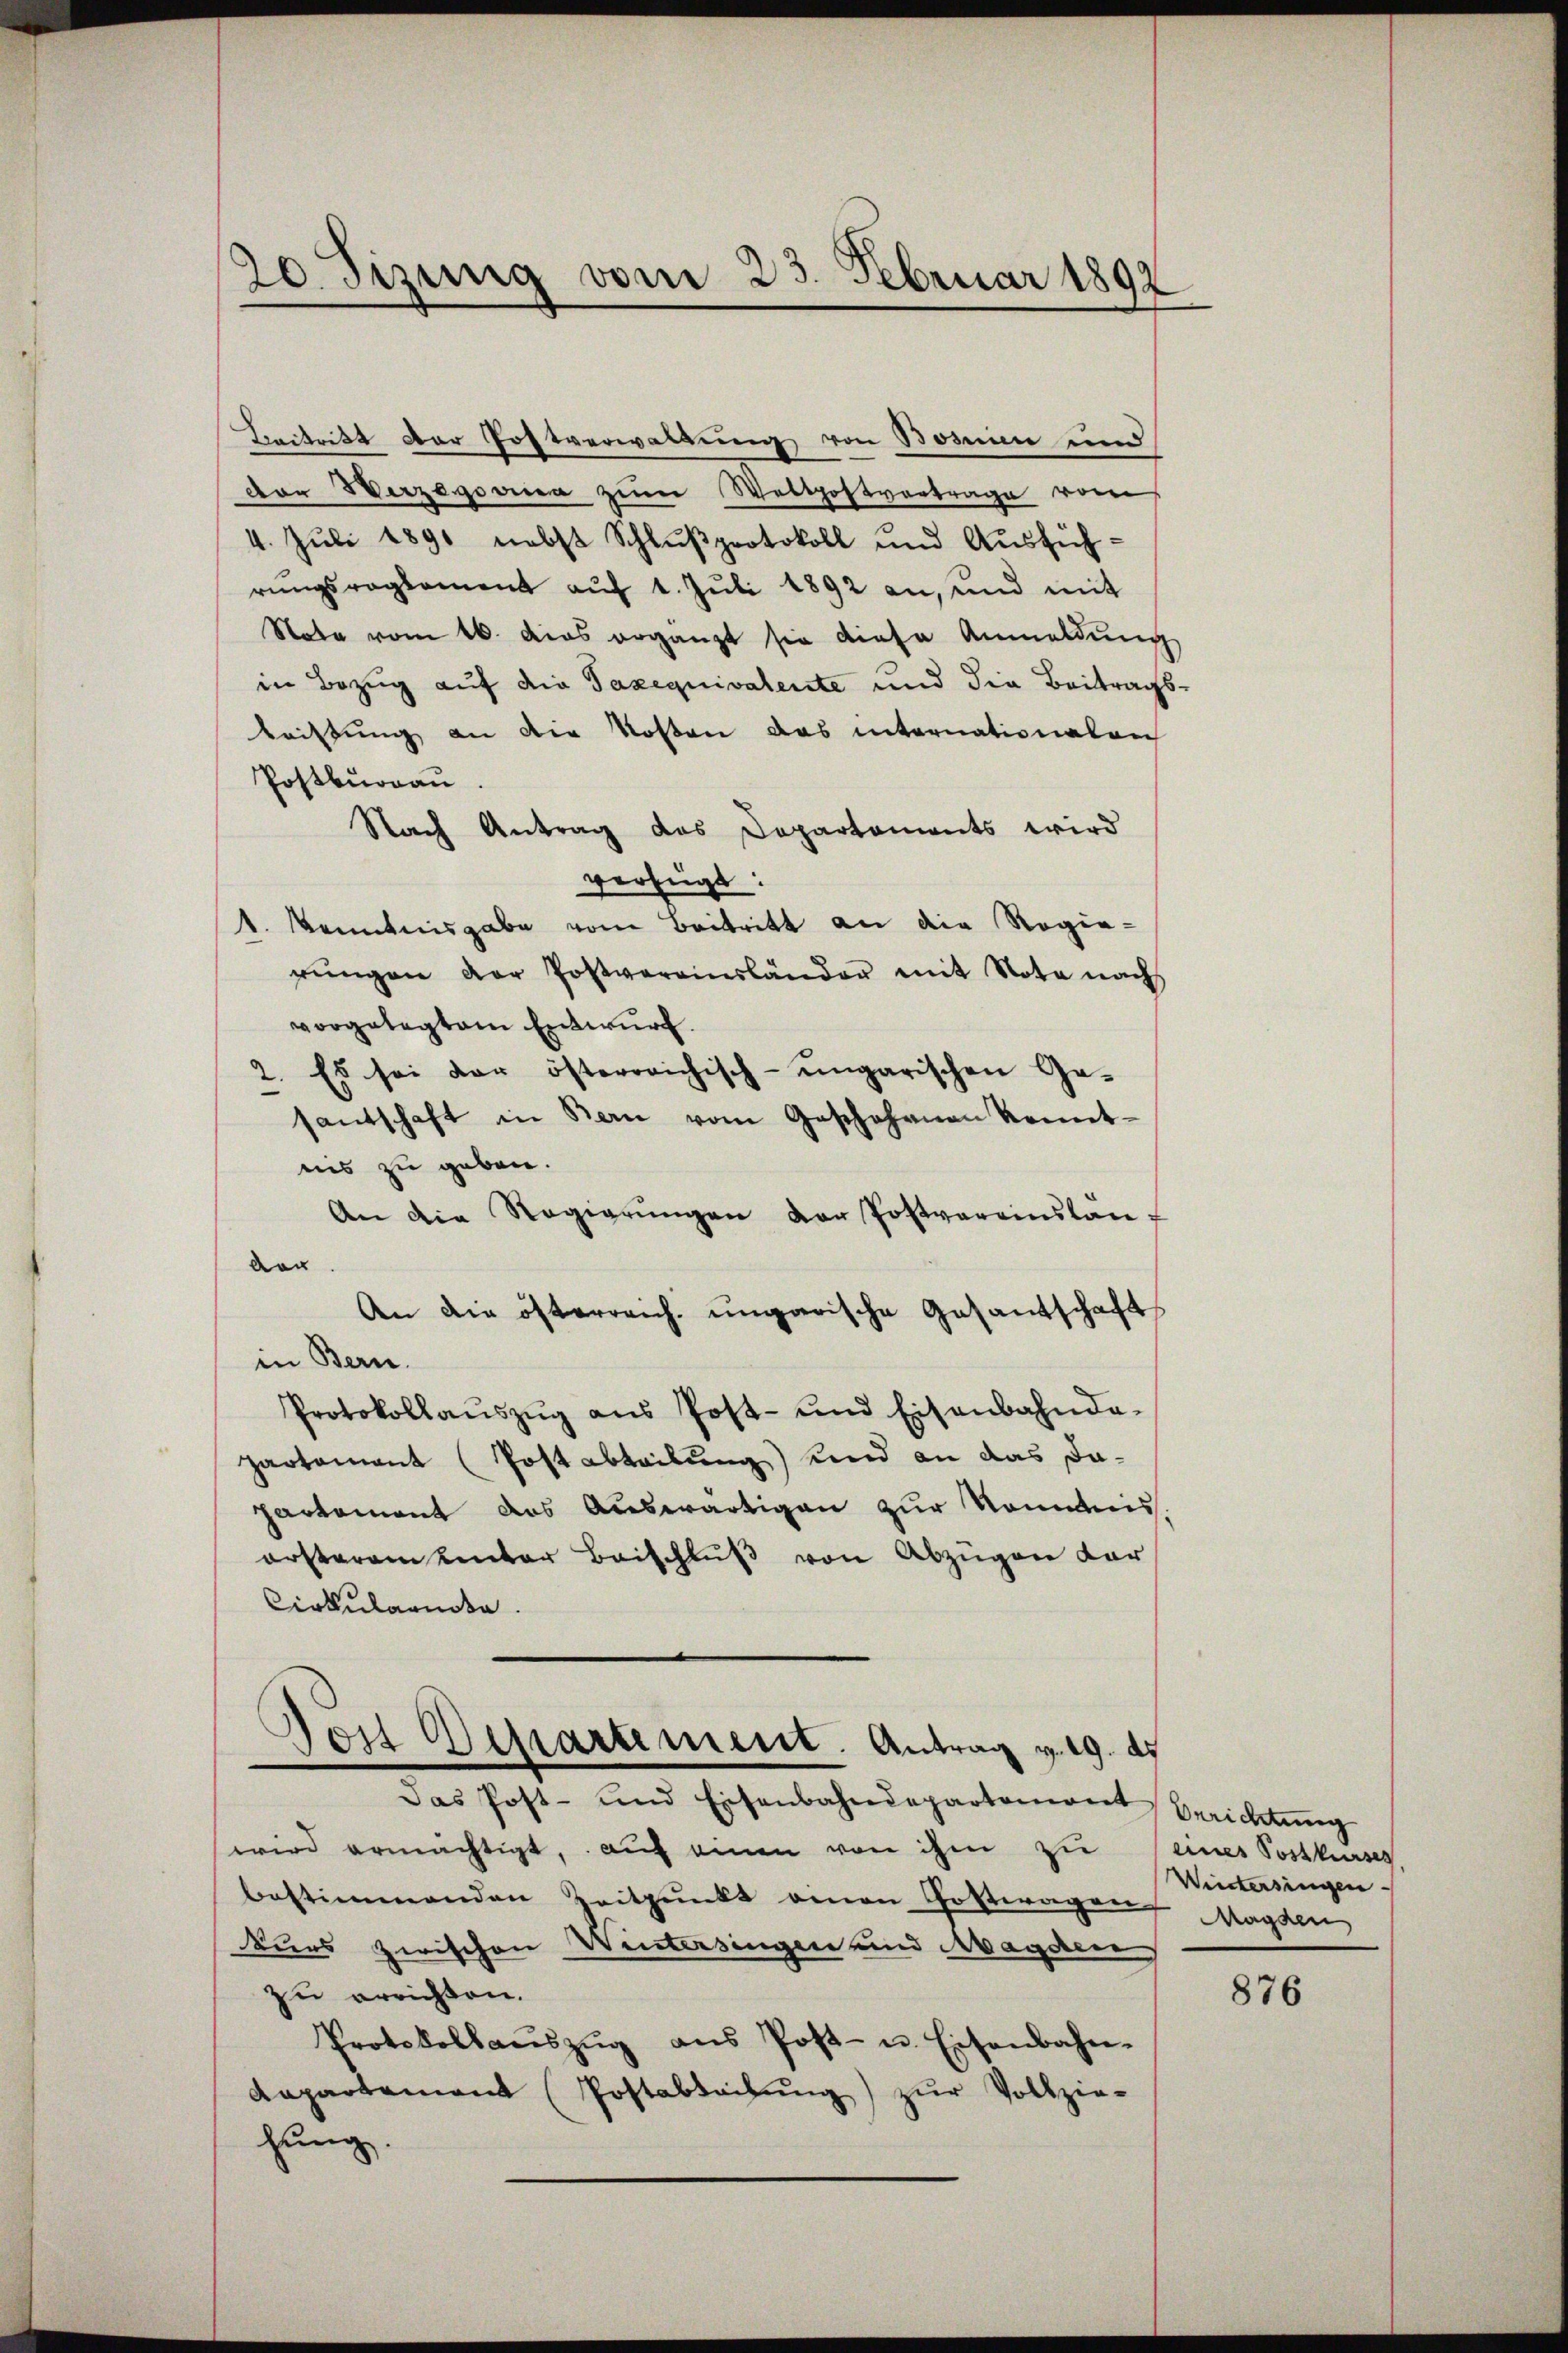
20. Jizung vom 23. Februar 1892

Beitritt der Postverwaltung von Bosnien und
dor Verzegovia zum Weltpostvertrage vom
4. Juli 1891 nebst Schlußprotokoll und Ausführŭngsragkament aŭf 1. Jŭli 1892 an, und mit
Note vom 16. das ergänzt sie diese Anmeldŭng
in Bezug auf die Taxequivalente und die Beitrags¬
Leistung an die Kosten das internationalen
Postburgau.
Nach Antrag des Departements wird
verfügt:
1. Kenntnisgabe vom Beitritt an die Regierŭngen der Postvereinsländer mit Nota nach
vorgelegtem Entwurf.
2. Es sei der österreichisch-ungarischen Ge-
santschaft in Bern vom Joschohenen konnt
nis zu geben.
An die Regierŭngen der Postvereinslauf
den.
An die österreich ungarische Gesantschaft
in Bern.
Protokollaŭszŭg aŭs Post- und Eisenbahnda-
partament (Post abteilung) und an das dapartement das Auswärtigen zur Nominis.
ersteram unter Beischlŭβ von Abzügen dar
Cirkularente.
¬
Post Departement. Antrag v. 19. d.
Das Post- und Eisenbahndepartemont
wird ermächtigt, auf einen von ihm zu eines Postkurses
bestimmenden Zeitpunkt einen Gostwagen Magden,
kurs zwischen Wintersingen und Magden
zu errichten.
Protokollaŭszŭg ans Post- u. Eisenbahn-
Aapartement (Postabteilŭng zŭr Vollzie-
hung.

Berichtung
Wintersingen

876